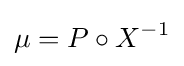
\mu =P\circ X^{-1}